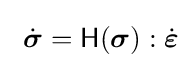
\,\,{\dot {\boldsymbol {\sigma }}}={\mathsf {H}}({\boldsymbol {\sigma }}):{\dot {\boldsymbol {\varepsilon }}}